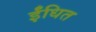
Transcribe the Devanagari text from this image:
ईंधित